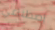
إصطناعي